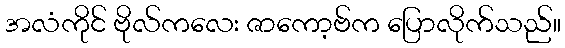
အလံကိုင် ဗိုလ်ကလေး ဇာကော့ဗ်က ပြောလိုက်သည်။